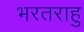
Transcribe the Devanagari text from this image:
भरतराहु